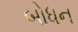
બોધન